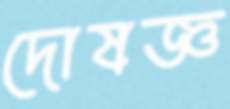
দোষজ্ঞ